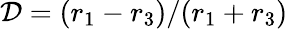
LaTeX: \mathcal{D}=(r_{1}-r_{3})/(r_{1}+r_{3})